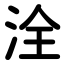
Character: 洤